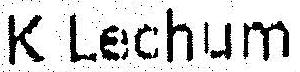
K LECHUM